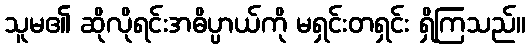
သူမ၏ ဆိုလိုရင်းအဓိပ္ပာယ်ကို မရှင်းတရှင်း ရှိကြသည်။